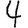
Digit: 4